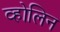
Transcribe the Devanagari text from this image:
व्होलिन